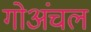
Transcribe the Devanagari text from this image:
गोअंचल